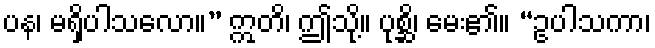
ပန၊ မရှိပါသလော။” ဣတိ၊ ဤသို့။ ပုစ္ဆိ၊ မေး၏။ “ဥပါသကာ၊